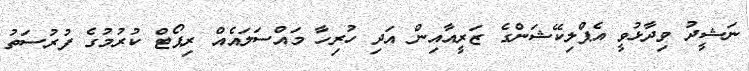
ނަޝީދު ވިދާޅުވީ އެޕްލިކޭޝަންގެ ޒަރީއާއިން އަދި ހުރިހާ މައްސަލައެއް ރިޕޯޓް ކުރުމުގެ ފުރުސަތު